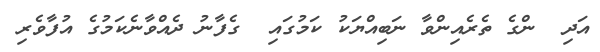
އަދި  ންގެ ތެރެއިންވާ ނަބިއްޔަކު ކަމުގައި  ގެފާނު ދެއްވާނެކަމުގެ އުފާވެރި